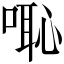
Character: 𠺨